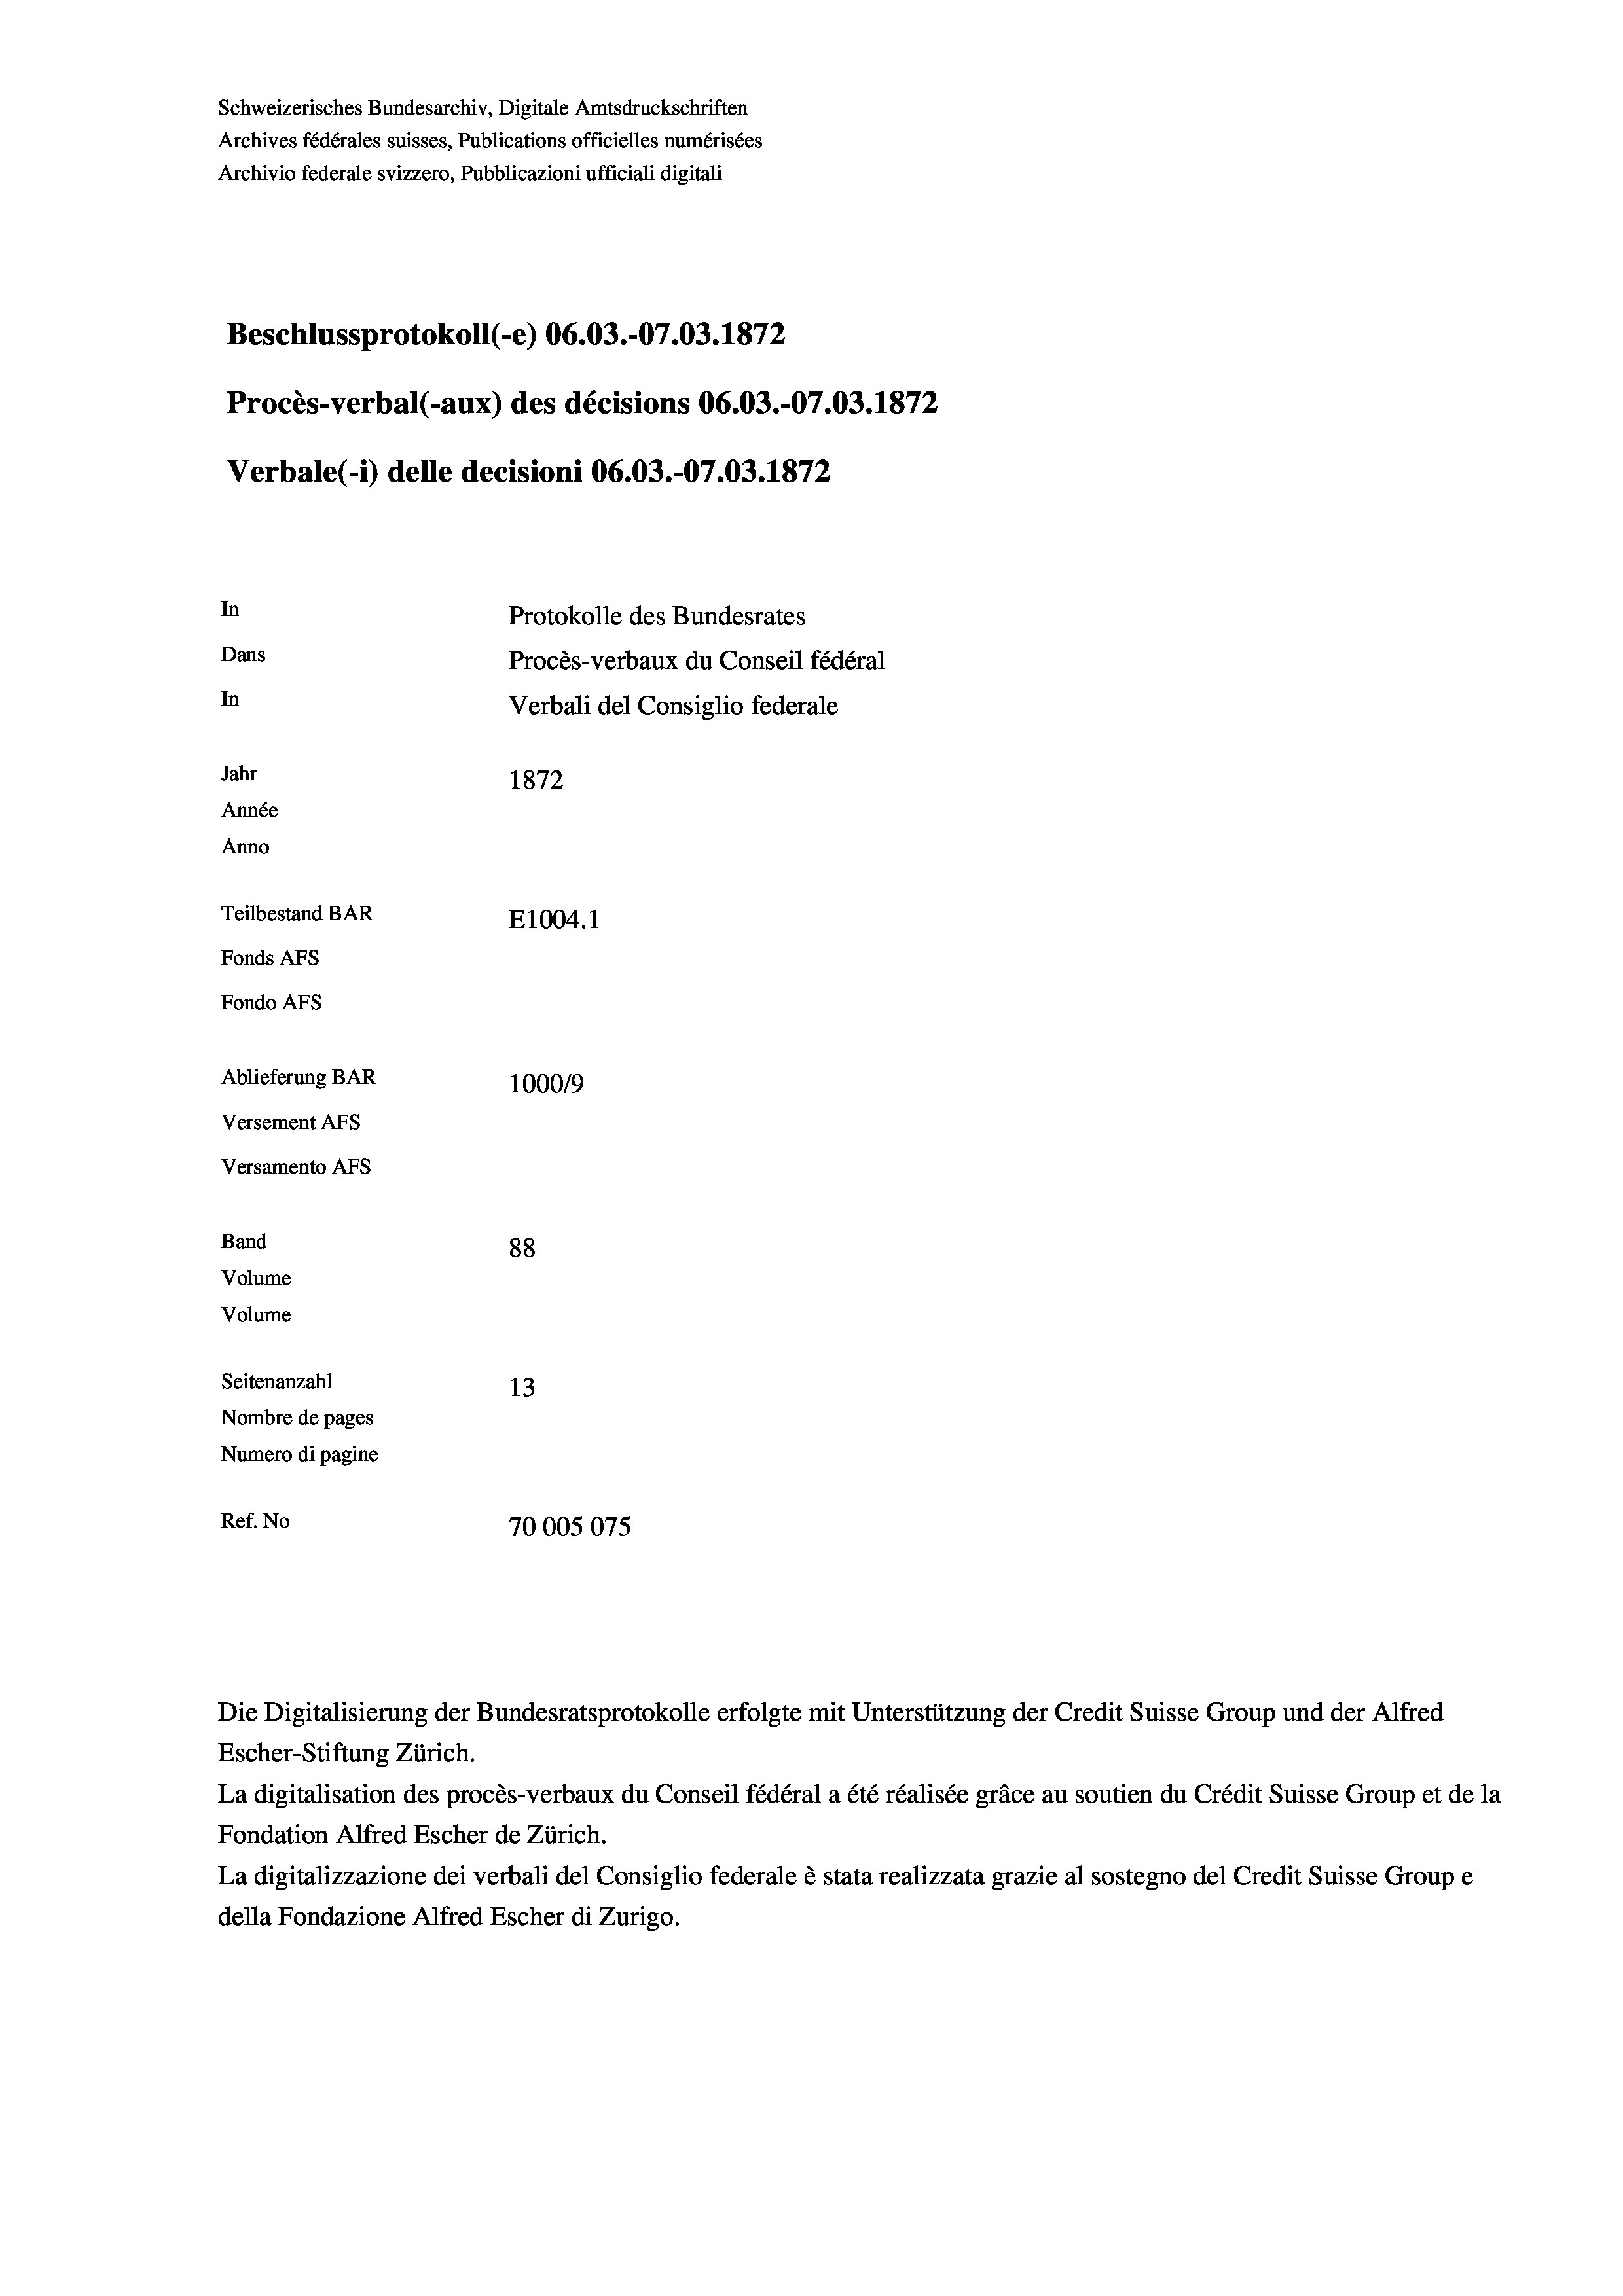
Schweizerisches Bundesarchiv, Digitale Amtsdruckschriften
Archives fédérales suisses, Publications officielles numérisées
Archivio federale svizzero, Pubblicazioni ufficiali digitali
Beschlussprotokoll (-e) 06.03.-07.03. 1872
Procès-verbal (-aux) des décisions 06.03.-07.03. 1872
Verbale (1) delle decisioni 06.03.-07.03. 1872
In
Protokolle des Bundesrates
Dans
Procès-verbaux du Conseil fédéral
In
Verbali del Consiglio federale
Jahr
1872
Année
Anno
Teilbestand BAR
E1004. 1
Fonds AFs
Fondo AFs
Ablieferung BAR
100019
Versement AFs
Versamento Afs
Band
88

Volume

Volume
Seitenanzahl
Ref. No

13
Nombre de pages
Numero di pagine
70005075

Die Digitalisierung der Bundesratsprotokolle erfolgte mit Unterstützung der Credit Suisse Group und der Alfred
Escher-Stiftung Zürich.
La digitalisation des procès-verbaux du Conseil fédéral a été réalisée gräce au soutien du Crédit Suisse Group et de la
Fondation Alfred Escher de Zürich.
La digitalizzazione dei verbali del Consiglio federale è stata realizzata grazie al sostegno del Credit Suisse Groupe
della Fondazione Alfred Escher di Zurigo.